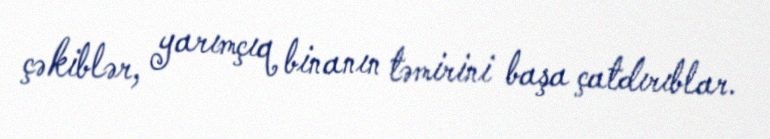
çəkiblər, yarımçıq binanın təmirini başa çatdırıblar.